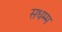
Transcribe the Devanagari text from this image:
सधम्म